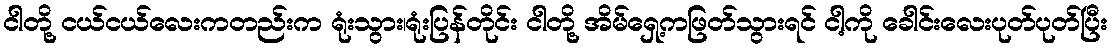
ငါတို့ ငယ်ငယ်လေးကတည်းက ရုံးသွား၊ရုံးပြန်တိုင်း ငါတို့ အိမ်ရှေ့ကဖြတ်သွားရင် ငါ့ကို ခေါင်းလေးပုတ်ပုတ်ပြီး